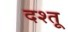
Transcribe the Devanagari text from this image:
दश्तू